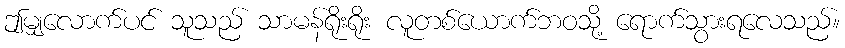
ဤမျှလောက်ပင် သူသည် သာမန်ရိုးရိုး လူတစ်ယောက်ဘဝသို့ ရောက်သွားရလေသည်။